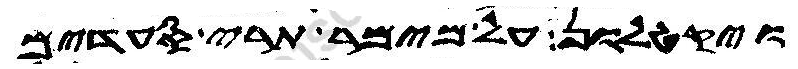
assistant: ויקטלון על מימר תרי סעדים